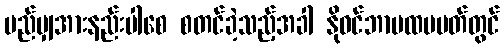
မည်မျှအားနည်းပါစေ စတင်ခဲ့သည့်အခါ နိုဝင်ဘာပထမပတ်တွင်